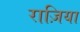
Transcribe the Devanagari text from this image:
राज़िया